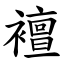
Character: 襢